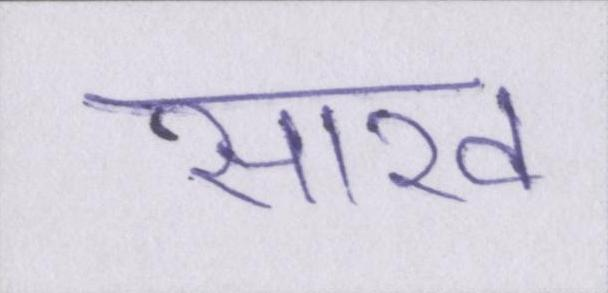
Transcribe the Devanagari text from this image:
साख